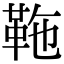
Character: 𩉻